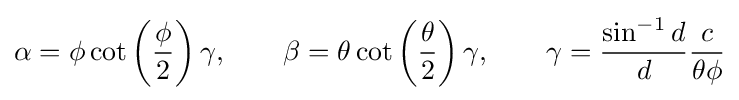
\alpha =\phi \cot \left({\frac {\phi }{2}}\right)\gamma ,\qquad \beta =\theta \cot \left({\frac {\theta }{2}}\right)\gamma ,\qquad \gamma ={\frac {\sin ^{-1}d}{d}}{\frac {c}{\theta \phi }}